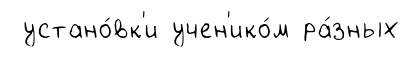
устано́вк'и учен'ико́м ра́зных